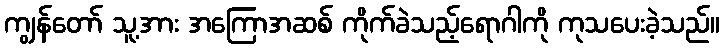
ကျွန်တော် သူ့အား အကြောအဆစ် ကိုက်ခဲသည့်ရောဂါကို ကုသပေးခဲ့သည်။